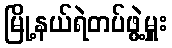
မြို့နယ်ရဲတပ်ဖွဲ့မှူး